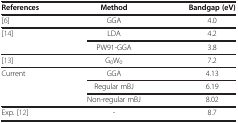
<table><thead><tr><td><b>References</b></td><td><b>Method</b></td><td><b>Bandgap (eV)</b></td></tr></thead><tbody><tr><td>[6]</td><td>GGA</td><td>4.0</td></tr><tr><td>[14]</td><td>LDA</td><td>4.2</td></tr><tr><td> </td><td>PW91-GGA</td><td>3.8</td></tr><tr><td>[13]</td><td>G<sub>0</sub>W<sub>0</sub></td><td>7.2</td></tr><tr><td>Current</td><td>GGA</td><td>4.13</td></tr><tr><td> </td><td>Regular mBJ</td><td>6.19</td></tr><tr><td> </td><td>Non-regular mBJ</td><td>8.02</td></tr><tr><td>Exp. [12]</td><td>-</td><td>8.7</td></tr></tbody></table>